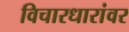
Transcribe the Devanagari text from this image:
विचारधारांवर